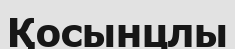
Қосынцлы